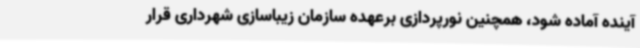
آینده آماده شود، همچنین نورپردازی برعهده سازمان زیباسازی شهرداری قرار